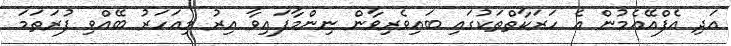
އަދި އެފްއޭއެމުން އެ ހަރަކާތްތަކުގައި ބައިވެރިވާން ނިންމާފައިވާ އިރު މިއަހަރު ބޭއްވި ފުރަތަމަ